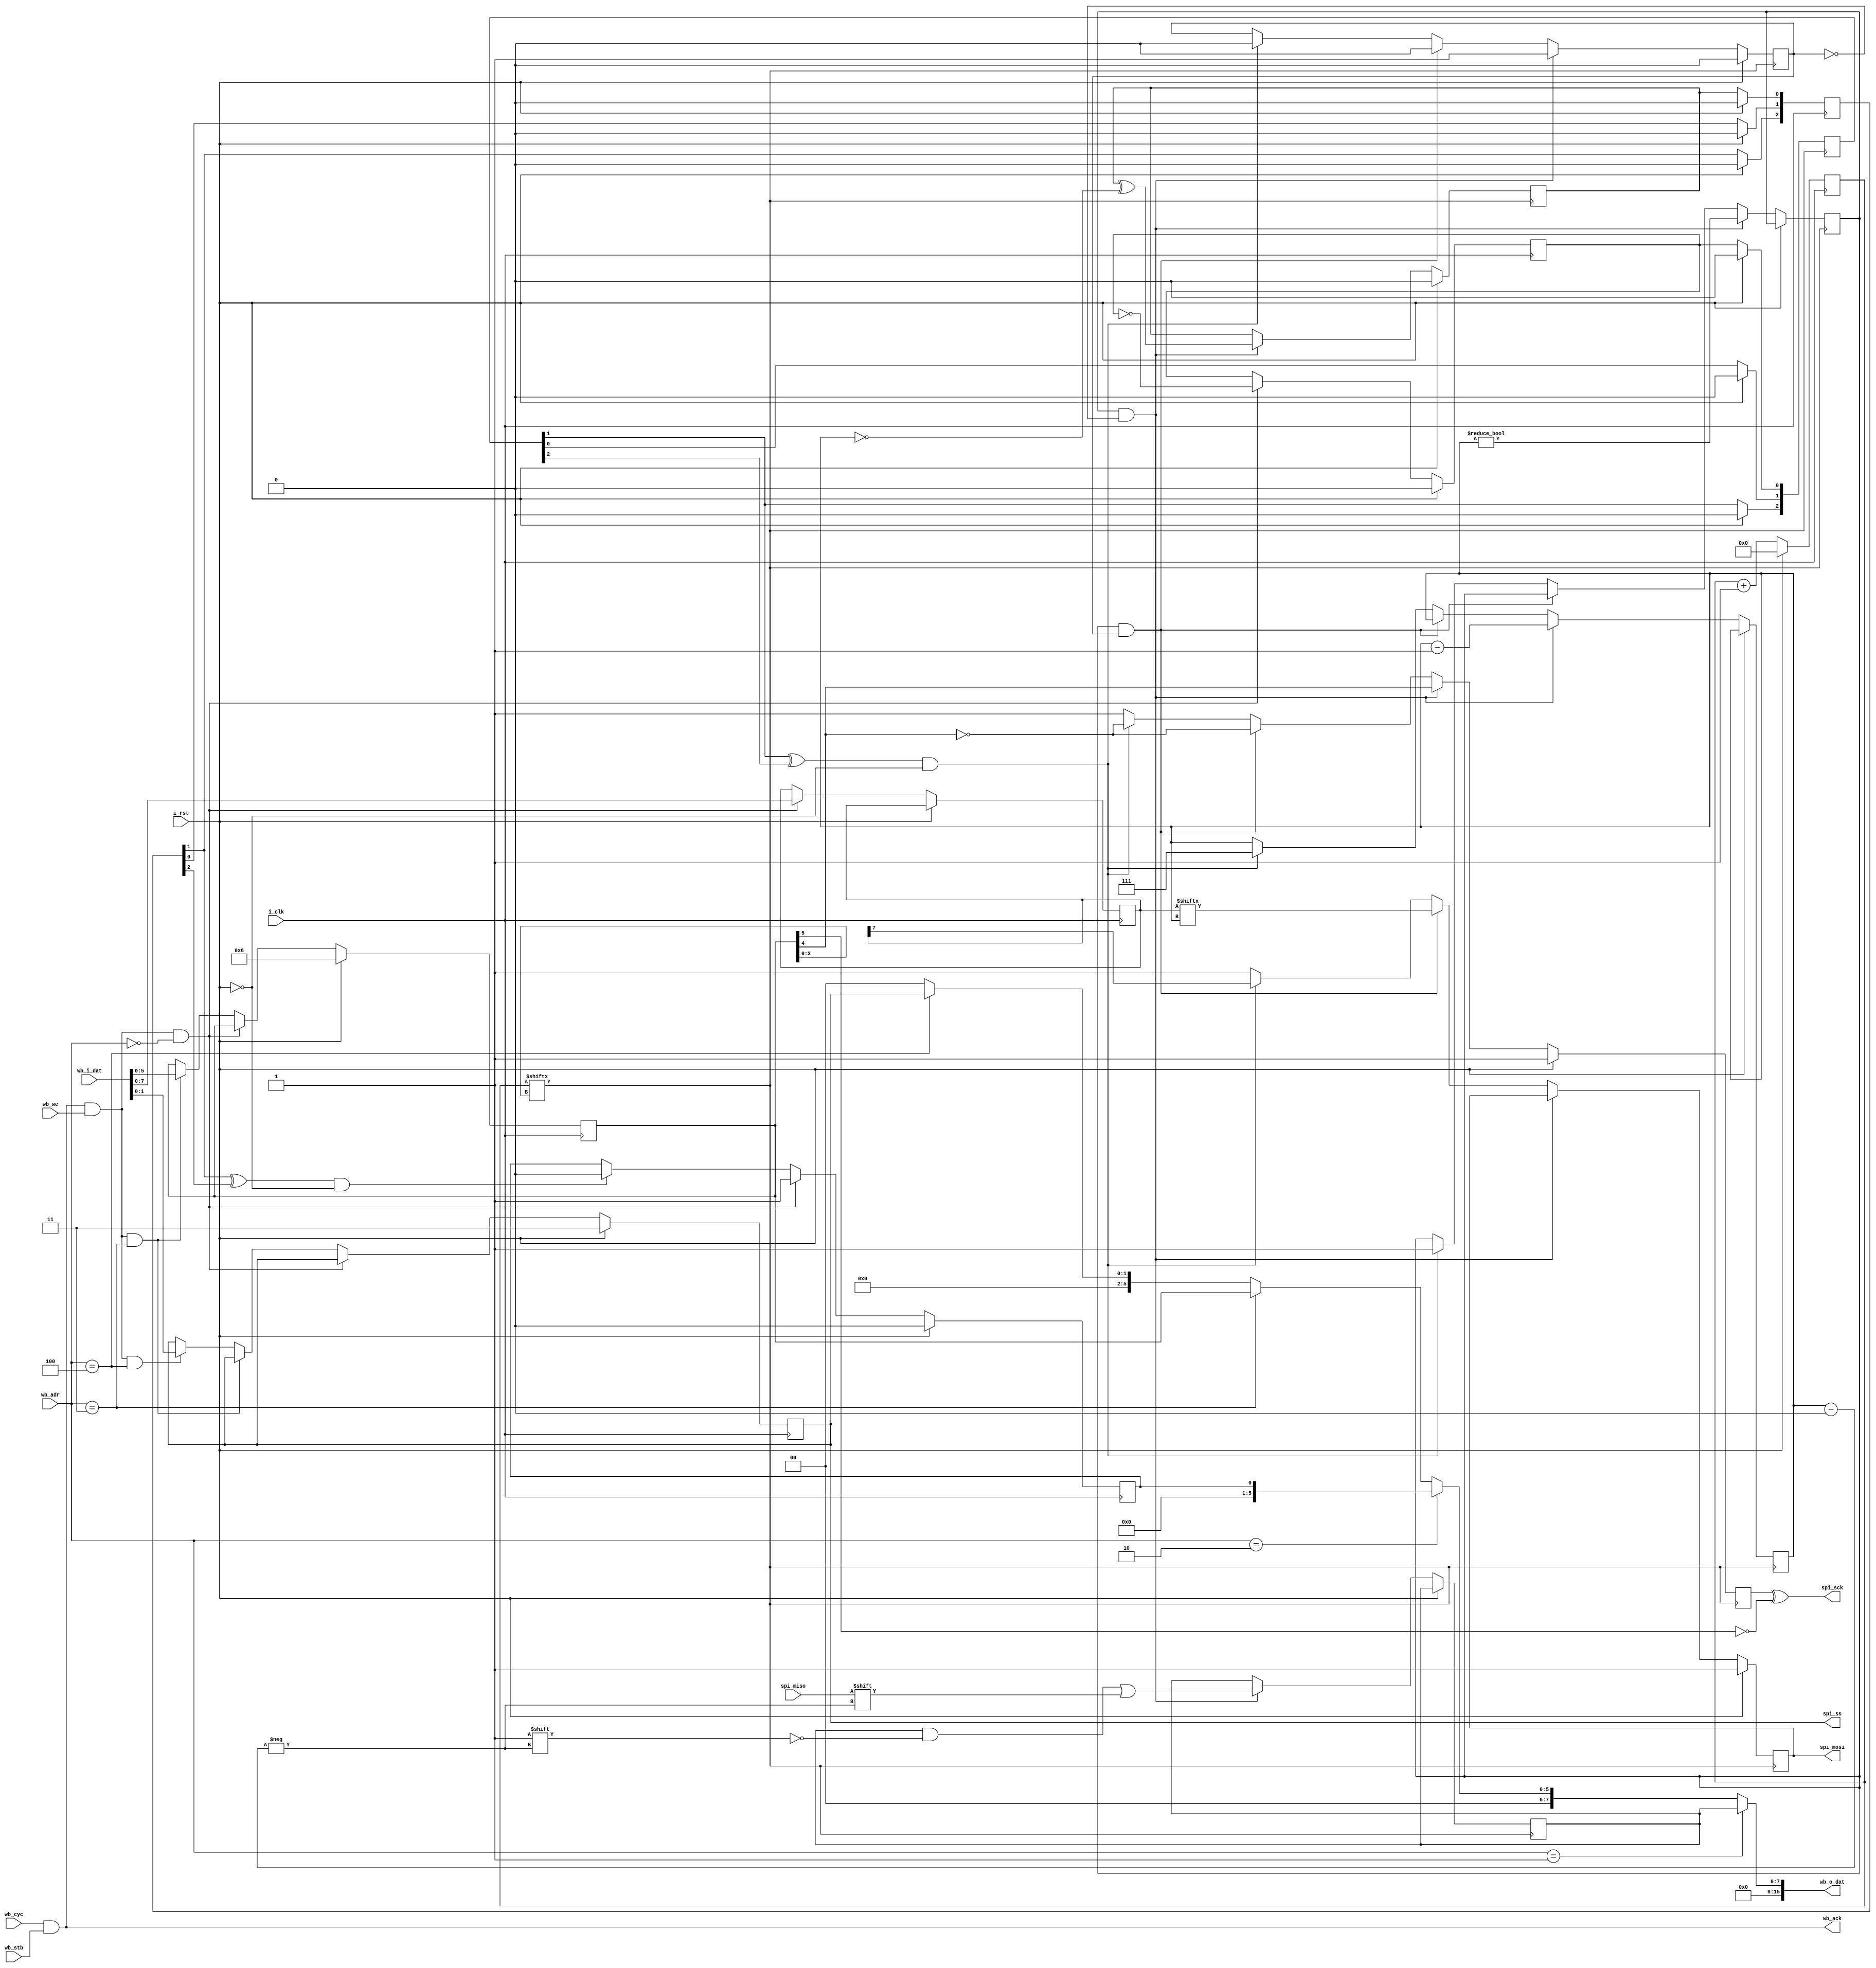
module spi (
    input i_clk,
    input i_rst,

    output spi_sck,
    output reg spi_mosi,
    input spi_miso,
    output reg [1:0] spi_ss,

    input [23:0] wb_adr,
    input wb_cyc,
    input wb_stb,
    output wb_ack,
    input wb_we,
    input [15:0] wb_i_dat,
    output reg [15:0] wb_o_dat
);

// MSB first
wire CPOL = mode_reg[5];
wire CPHA = mode_reg[4];

reg spi_sck_s;
assign spi_sck = spi_sck_s ^ (~CPOL);

wire spi_start_req;
reg  req_in_progress;
reg  req_end_xor;
reg  req_step;
reg [2:0] req_bit;
reg [7:0] tx_byte, rx_byte;

always @(posedge spi_logic_clk) begin
    if (i_rst) begin
        spi_sck_s <= 1'b1;
        spi_mosi <= 1'b1;
        
        req_step <= 1'b0;
        req_end_xor <= 1'b0;
    end else if (req_in_progress & ~req_step) begin
        spi_sck_s <= CPHA;
        rx_byte[req_bit] <= spi_miso;
        
        req_bit <= req_bit - 3'b1;
        req_step <= 1'b1;
        req_in_progress <= (req_bit != 3'b0);
        req_end_xor <= req_end_xor^(req_bit == 3'b0);
    end else if (req_in_progress & req_step) begin
        spi_sck_s <= ~CPHA;
        spi_mosi <= tx_byte[req_bit];

        req_step <= 1'b0;
    end else if (spi_start_req) begin
        spi_sck_s <= ~CPHA;
        spi_mosi <= tx_byte[7];

        req_step <= 1'b0;
        req_bit <= 3'd7;
        req_in_progress <= 1'b1;
    end else begin
        spi_sck_s <= 1'b1;
        spi_mosi <= 1'b1;
    end
end

reg xfer_start_flag;
reg spi_busy;
always @(posedge i_clk) begin
    if (i_rst) begin
        xfer_start_flag <= 1'b0;
        spi_busy <= 1'b0;
		mode_reg <= 6'b000110;
        spi_ss <= 2'b11;
    end else begin
        if (spi_req_end)
            spi_busy <= 1'b0;

        if (wb_cyc & wb_stb & wb_we & (wb_adr == 24'b0)) begin
            xfer_start_flag <= ~xfer_start_flag;
            tx_byte <= wb_i_dat[7:0];
            spi_busy <= 1'b1;
        end else if (wb_cyc & wb_stb & wb_we & (wb_adr == 24'h3)) begin
            mode_reg <= wb_i_dat[5:0];
        end else if (wb_cyc & wb_stb & wb_we & (wb_adr == 24'h4)) begin
            spi_ss <= wb_i_dat[1:0];
        end
    end
end

always @(*) begin
    if (wb_adr == 24'h1)
        wb_o_dat = {8'b0, rx_byte};
    else if (wb_adr == 24'h2)
        wb_o_dat = {15'b0, spi_busy};
    else if (wb_adr == 24'h3)
        wb_o_dat = {10'b0, mode_reg};
    else if (wb_adr == 24'h4)
        wb_o_dat = {15'b0, spi_ss};
    else
        wb_o_dat = 16'b0;
end


reg [5:0] mode_reg;

wire [3:0] clk_div = mode_reg[3:0];
reg [9:0] clk_cnt;
assign spi_logic_clk = clk_cnt[clk_div];
always @(posedge i_clk) begin
    if (i_rst)
        clk_cnt <= 1'b0;
    else
        clk_cnt <= clk_cnt + 1'b1;
end

assign wb_ack = wb_cyc & wb_stb;

// CDC

reg [2:0] d_xfer_xor_sync;
always @(posedge spi_logic_clk) begin
    if(i_rst) begin
        d_xfer_xor_sync[2:0] <= 3'b0;
    end else begin
        d_xfer_xor_sync[0] <= xfer_start_flag;
        d_xfer_xor_sync[1] <= d_xfer_xor_sync[0];
        d_xfer_xor_sync[2] <= d_xfer_xor_sync[1];
    end
end
assign spi_start_req = (d_xfer_xor_sync[1] ^ d_xfer_xor_sync[2]) & ~i_rst;

reg [2:0] d_req_end_sync;
always @(posedge i_clk) begin
    if(i_rst) begin
        d_req_end_sync[2:0] <= 3'b0;
    end else begin
        d_req_end_sync[0] <= req_end_xor;
        d_req_end_sync[1] <= d_req_end_sync[0];
        d_req_end_sync[2] <= d_req_end_sync[1];
    end
end
wire spi_req_end = (d_req_end_sync[1] ^ d_req_end_sync[2]) & ~i_rst;

endmodule